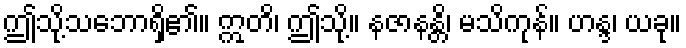
ဤသို့သဘောရှိ၏။ ဣတိ၊ ဤသို့။ နဇာနန္တိ၊ မသိကုန်။ ဟန္ဒ၊ ယခု။